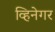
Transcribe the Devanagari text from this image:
व्हिनेगर